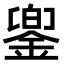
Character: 𨩁